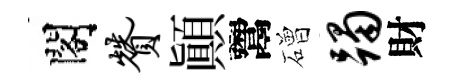
閣赞顚鬻磳躅財